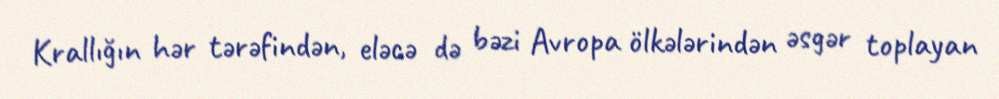
Krallığın hər tərəfindən, eləcə də bəzi Avropa ölkələrindən əsgər toplayan